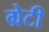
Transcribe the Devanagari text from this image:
ग्रेटी